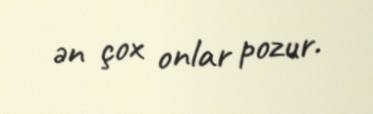
ən çox onlar pozur.